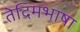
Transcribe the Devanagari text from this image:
तेदिमभाषा